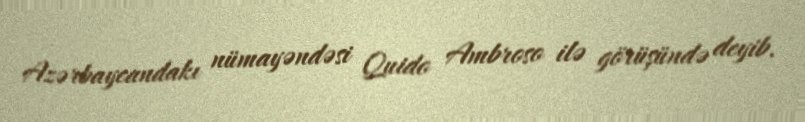
Azərbaycandakı nümayəndəsi Quido Ambroso ilə görüşündə deyib.